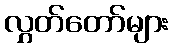
လွှတ်တော်များ